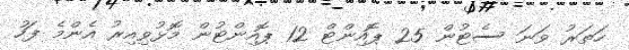
ހަތަރު ވަނަ ސެޓުން 25 ޕޮއިންޓް 12 ޕޮއިންޓުން މޮޅުވިއިރު އެންމެ ފަހު